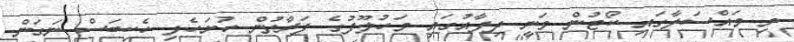
މި މައްސަލާގައި ކޯޓުން ވަނީ ދިފާއުގައި މަހުލޫފުގެ ފަރާތުން ހުށަހެޅި ހެކިބަސް ނަގަން